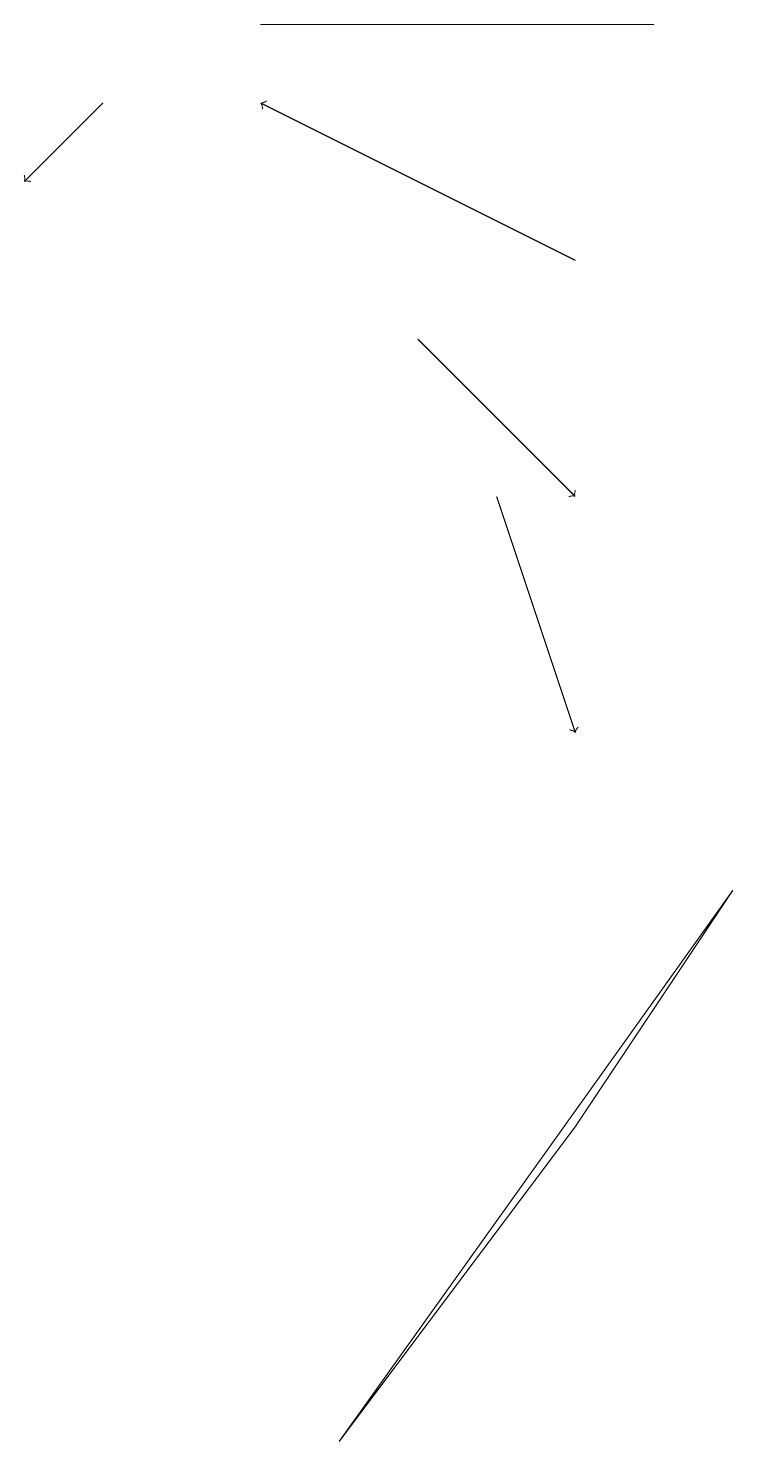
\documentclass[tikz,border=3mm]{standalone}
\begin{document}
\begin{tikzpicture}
\draw[->] (1,18) -- (0,17);
\draw[->] (6,13) -- (7,10);
\draw (3,19) rectangle (8,19);
\draw[->] (5,15) -- (7,13);
\draw (4,1) -- (7,5) -- (9,8) -- cycle;
\draw[->] (7,16) -- (3,18);
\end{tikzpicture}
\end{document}